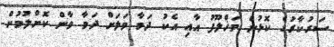
ސަރުކާރުގެ ކޮޅުން މަޚްލޫފު އާއި އެކު ދަމާ ވަލަށް ދަމާ ވާން ކޮށްލުމުން